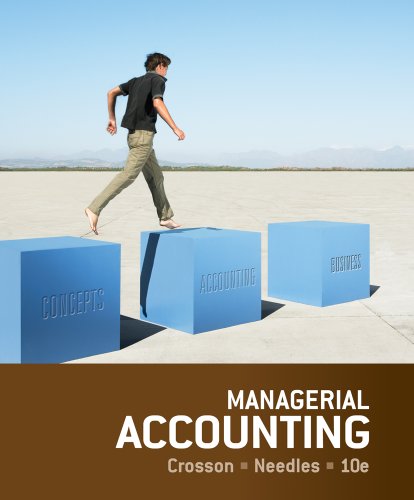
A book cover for Managerial Accounting; Susan V. Crosson; Business & Money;